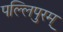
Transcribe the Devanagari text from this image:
पल्लिपुरम्